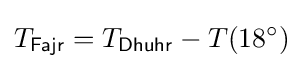
T_{\mathsf {Fajr}}=T_{\mathsf {Dhuhr}}-T(18^{\circ })